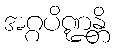
အဂ္ဂပိဏ္ဍန္တိ